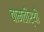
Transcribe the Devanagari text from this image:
वामतीर्थी